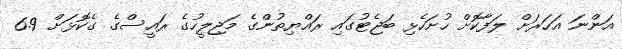
އަންނަ އަހަރަށް ލަފާކޮށް ހުށަހެޅި ބަޖެޓުގައި ރައްޔިތުންގެ މަޖިލީހުގެ ރައީސްގެ ގެކޮޅަށް 6.9